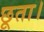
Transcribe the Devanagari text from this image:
छूता।